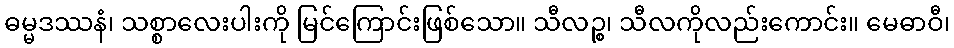
ဓမ္မဒဿနံ၊ သစ္စာလေးပါးကို မြင်ကြောင်းဖြစ်သော။ သီလဉ္စ၊ သီလကိုလည်းကောင်း။ မေဓာဝီ၊